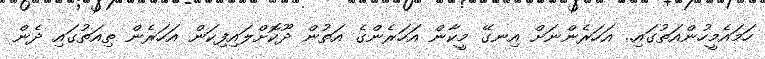
ހަމައެމީހުންއަތުގައި.. އަހަރެންނަށް އިނގޭ މީކާން އަހަރެންގެ އަތުން ދޫކޮށްލައިފިކަން އަހަރެން ތިއަތުގައި ދެން